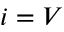
i = V